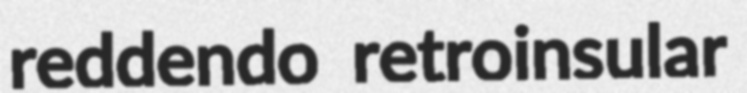
reddendo retroinsular